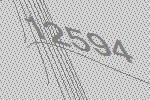
12594